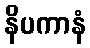
နိပကာနံ